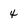
Character: 4